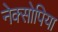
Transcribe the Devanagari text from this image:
नेक्सोपिया